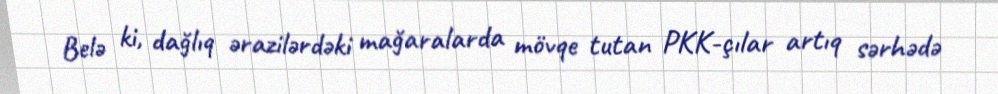
Belə ki, dağlıq ərazilərdəki mağaralarda mövqe tutan PKK-çılar artıq sərhədə